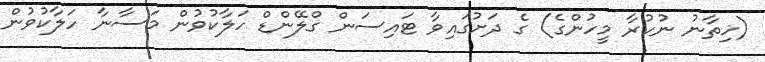
(ޚިތާނު ނުކުރާ މީހުންގެ) ގެ ދަށުގައިވާ ޓައިސަން ގްލޭންޑް ހަލާކުވުން މަސާނާ ހަލާކުވުން